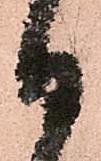
日